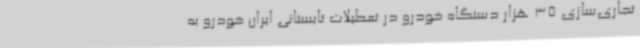
تجاری‌سازی 35 هزار دستگاه خودرو در تعطیلات تابستانی ایران خودرو به